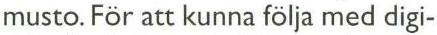
musto. För att kunna följa med digi-